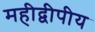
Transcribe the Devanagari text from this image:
महीद्वीपीय